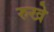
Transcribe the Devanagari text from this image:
रुखे